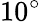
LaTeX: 10^{\circ}